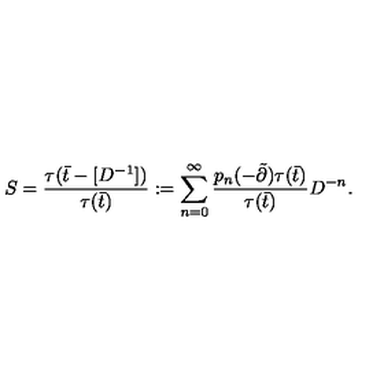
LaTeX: S = \frac { \tau ( \bar { t } - [ D ^ { - 1 } ] ) } { \tau ( \bar { t } ) } : = \sum _ { n = 0 } ^ { \infty } \frac { p _ { n } ( - \tilde { \partial } ) \tau ( \bar { t } ) } { \tau ( \bar { t } ) } D ^ { - n } .